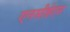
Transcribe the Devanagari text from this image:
एनसीईएस